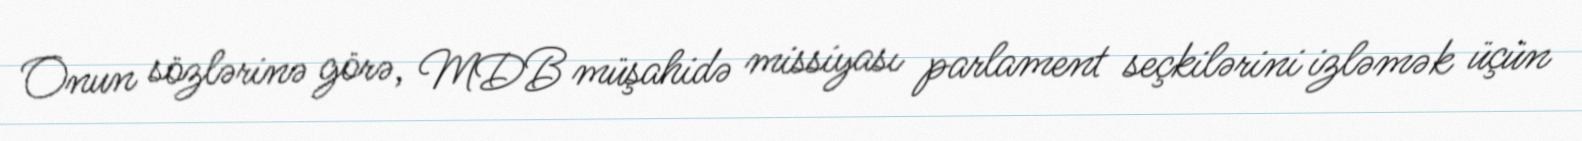
Onun sözlərinə görə, MDB müşahidə missiyası parlament seçkilərini izləmək üçün